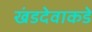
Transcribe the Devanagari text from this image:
खंडदेवाकडे